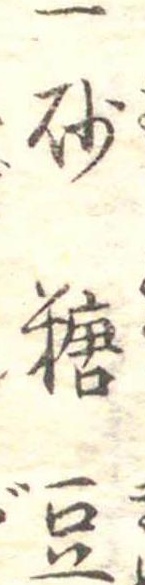
一砂糖豆